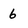
Character: 6